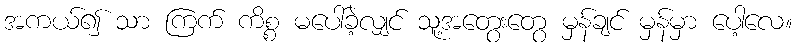
အကယ်၍ သာ ကြက် ကိစ္စ မပေါ်ခဲ့လျှင် သူ့အတွေးတွေ မှန်ချင် မှန်မှာ ပေါ့လေ။